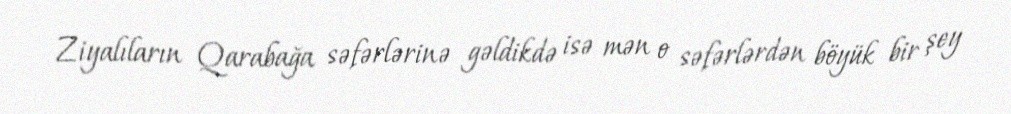
Ziyalıların Qarabağa səfərlərinə gəldikdə isə mən o səfərlərdən böyük bir şey